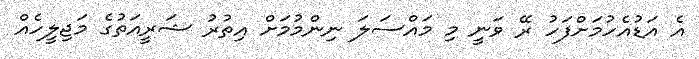
އެ އަޑުއެހުމަށްފަހު ރޭ ވަނީ މި މައްސަލަ ނިންމުމަށް އިތުރު ޝަރީއަތުގެ މަޖިލީހެއް